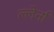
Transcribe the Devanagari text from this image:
ल्लेर्ना